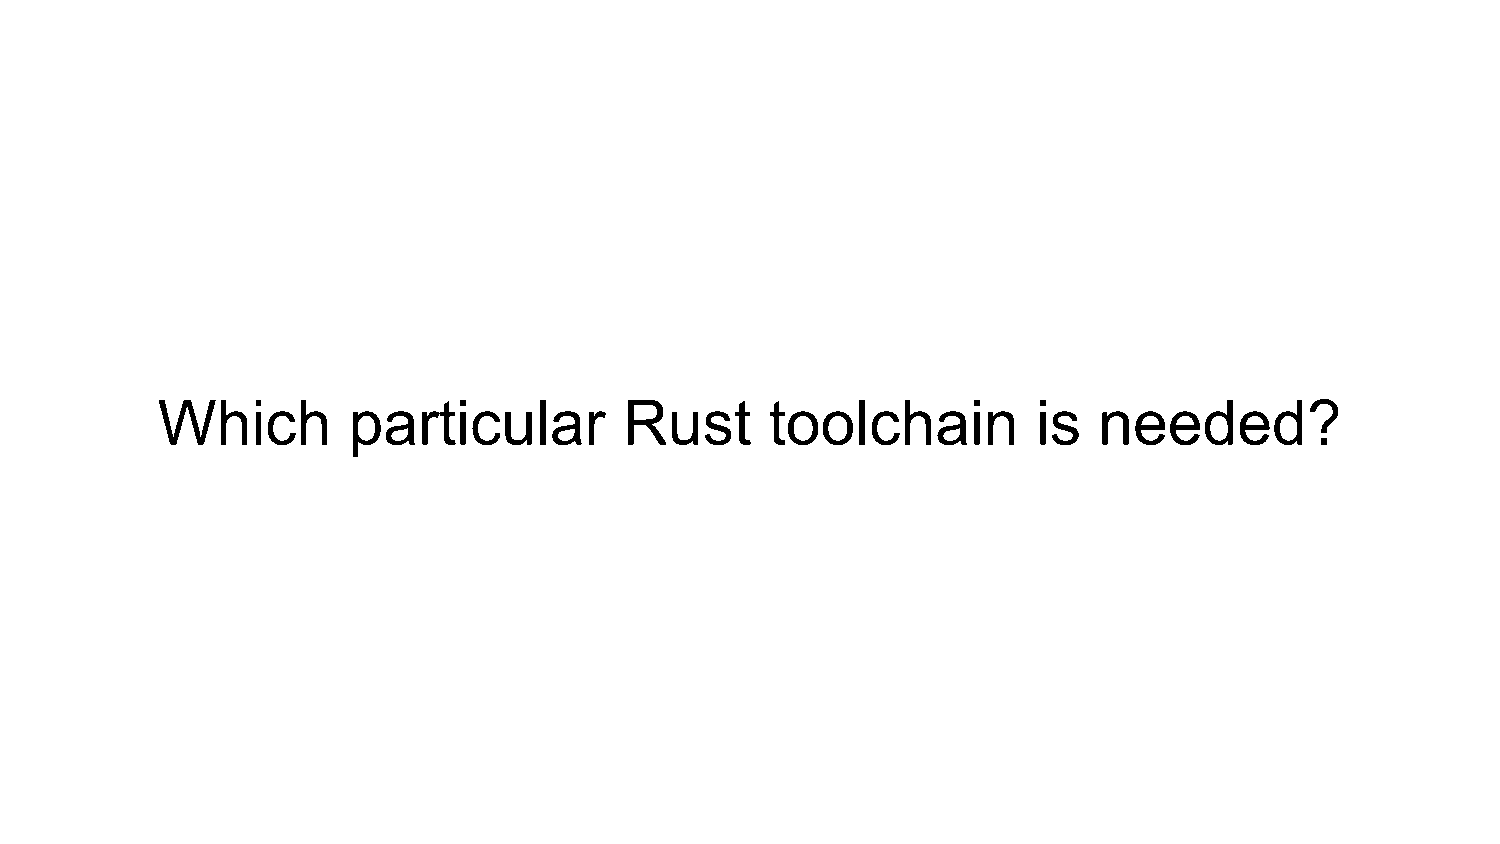
Which        particular        Rust      toolchain         is  needed?